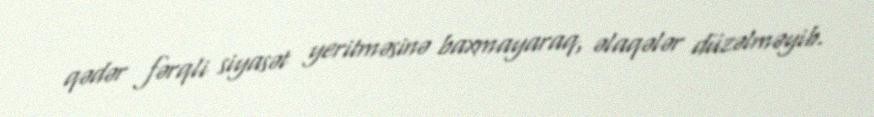
qədər fərqli siyasət yeritməsinə baxmayaraq, əlaqələr düzəlməyib.